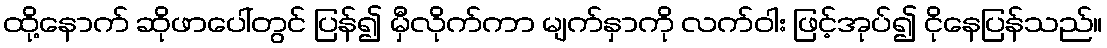
ထို့နောက် ဆိုဖာပေါ်တွင် ပြန်၍ မှီလိုက်ကာ မျက်နှာကို လက်ဝါး ဖြင့်အုပ်၍ ငိုနေပြန်သည်။